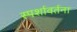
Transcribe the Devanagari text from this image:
स्पर्शावर्तना